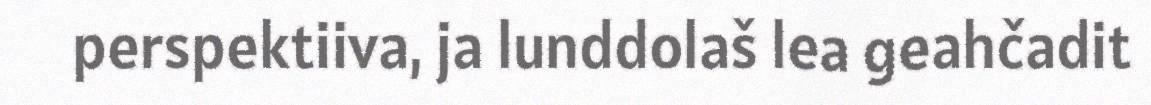
perspektiiva, ja lunddolaš lea geahčadit